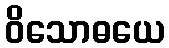
ဝိသောဓယေ